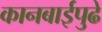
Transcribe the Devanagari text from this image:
कानबाईपुढे